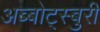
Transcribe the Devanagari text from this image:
अब्बोट्स्बुरी